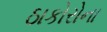
ઠાકોરોના